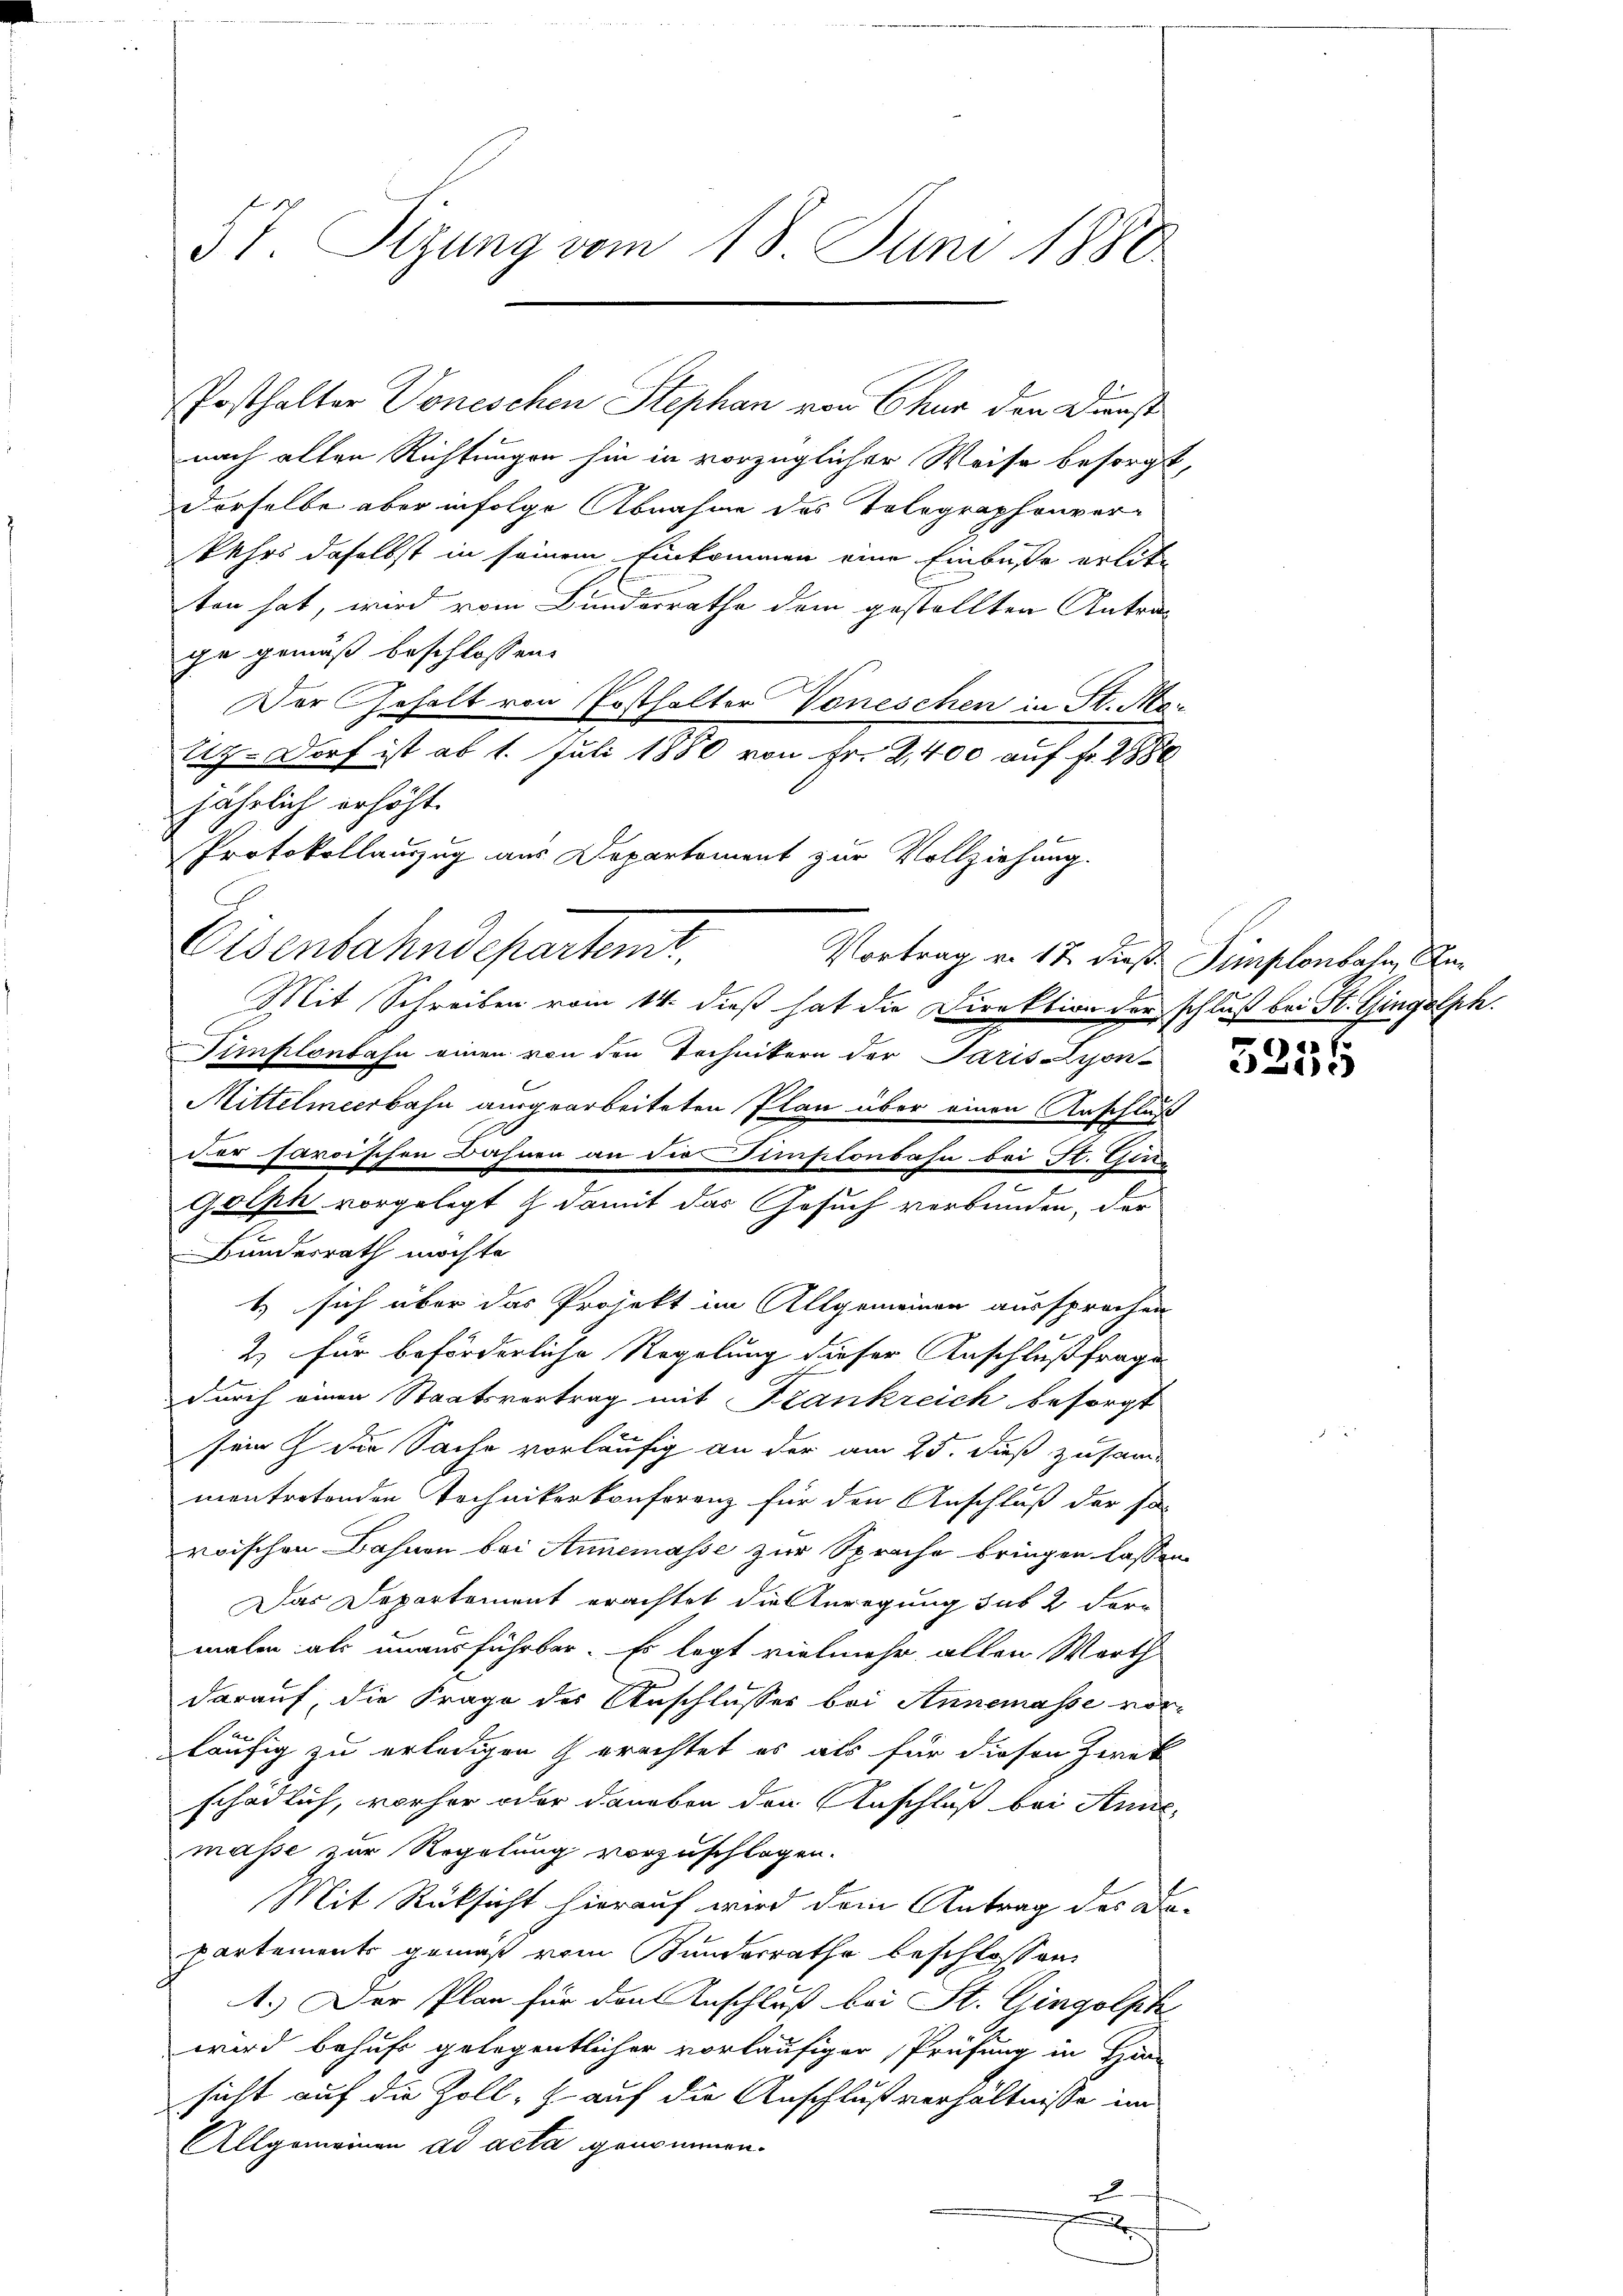
§ 7. Sizung vom 18. Juni 1880

nach alten Richtungen hin in vorzüglicher Weise besorgt,
derselbe aber infolge Abnahme des Telegraphenverkehrs daselbst in seinem Einkommen eine Einbusse erlitz
ten hat, wird vom Bundesrathe dem gestellten Antrag
ge gemäß beschlossen:
Der Gehalt von Ersthalter Voneschen in St. Mor
Sz. Dorf ist ab 1. Juli 1880 von Fr. 2,400 auf fr. 288
Protokollauszug aus Departement zur Vollziehung.
Mit Schreiben vom 14. dieß hat die Direktion der schluß bei St. Gingolph
Simplonbahn einen von den Technikern der Paris Lyon-
Mittelmeerbahn ausgearbeiteten Plan über einen Anschluß
dier saroischen Bahnen an die Gimpionbahn bei St. Gen
.
Bunderrath möchte
t sich über das Projekt im Allgemeinen aussprochen
2.) Für beförderliche Regelung dieser Anschlußfrage
durch einen Staatsvortrag mit Frankreich besorgt
sein  die Sache vorläufig an der am 25. dieß zusam
mentretenden Technikerkonferenz für den Anschluß der so-
roischen Bahnen bei Annemasse zur Sprache bringen lassen
Das Departement erachtet die Anregung sub 2 Formalen als unausführbar. Es legt vielmehr allen Worth
darauf, die Frage des Anschlusses bei Annemasse vor-
läufig zu erledigen erachtet es als für diesen Zweck
schädlich, vorher oder daneben den Anschluß bei Annemasse zur Regelung vorzuschlagen.
Mit Rücksicht hierauf wird dem Antrag des Da
partements gemäß vom Bunderrathe beschlossen:
1.) Der Plan für den Anschluß bei St. Gingolpk
wird behufs gelegentlicher vorläufiger Prüfung in Han
sicht auf die Zoll, auf die Anschlußverhältnisse im
Allgemeinen ad acta genommen.
u

jährlich erhöht.
Eisenbahndepartemt,

Posthalter Voneschen Stephan von Chur den Dienst

Golph vorgelegt & damit das Gesuch verbunden, der

Vortrag v. 17. dieß Simplonbahn, An¬
6

1).